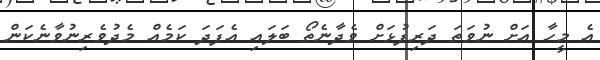
އެ މީހާ އަށް ނުވަތަ ދަރިފުޅަށް ވެދާނެތޯ ބަލައި އެފަދަ ކަމެއް މެދުވެރިނުވާނެކަން